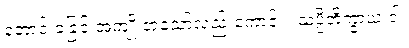
တောင်းခံခြင်းအကျိုးငှာသော်လည်းကောင်း။ သပ္ပိဘိက္ခာယ ဝါ၊